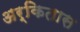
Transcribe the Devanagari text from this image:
अर्कितास